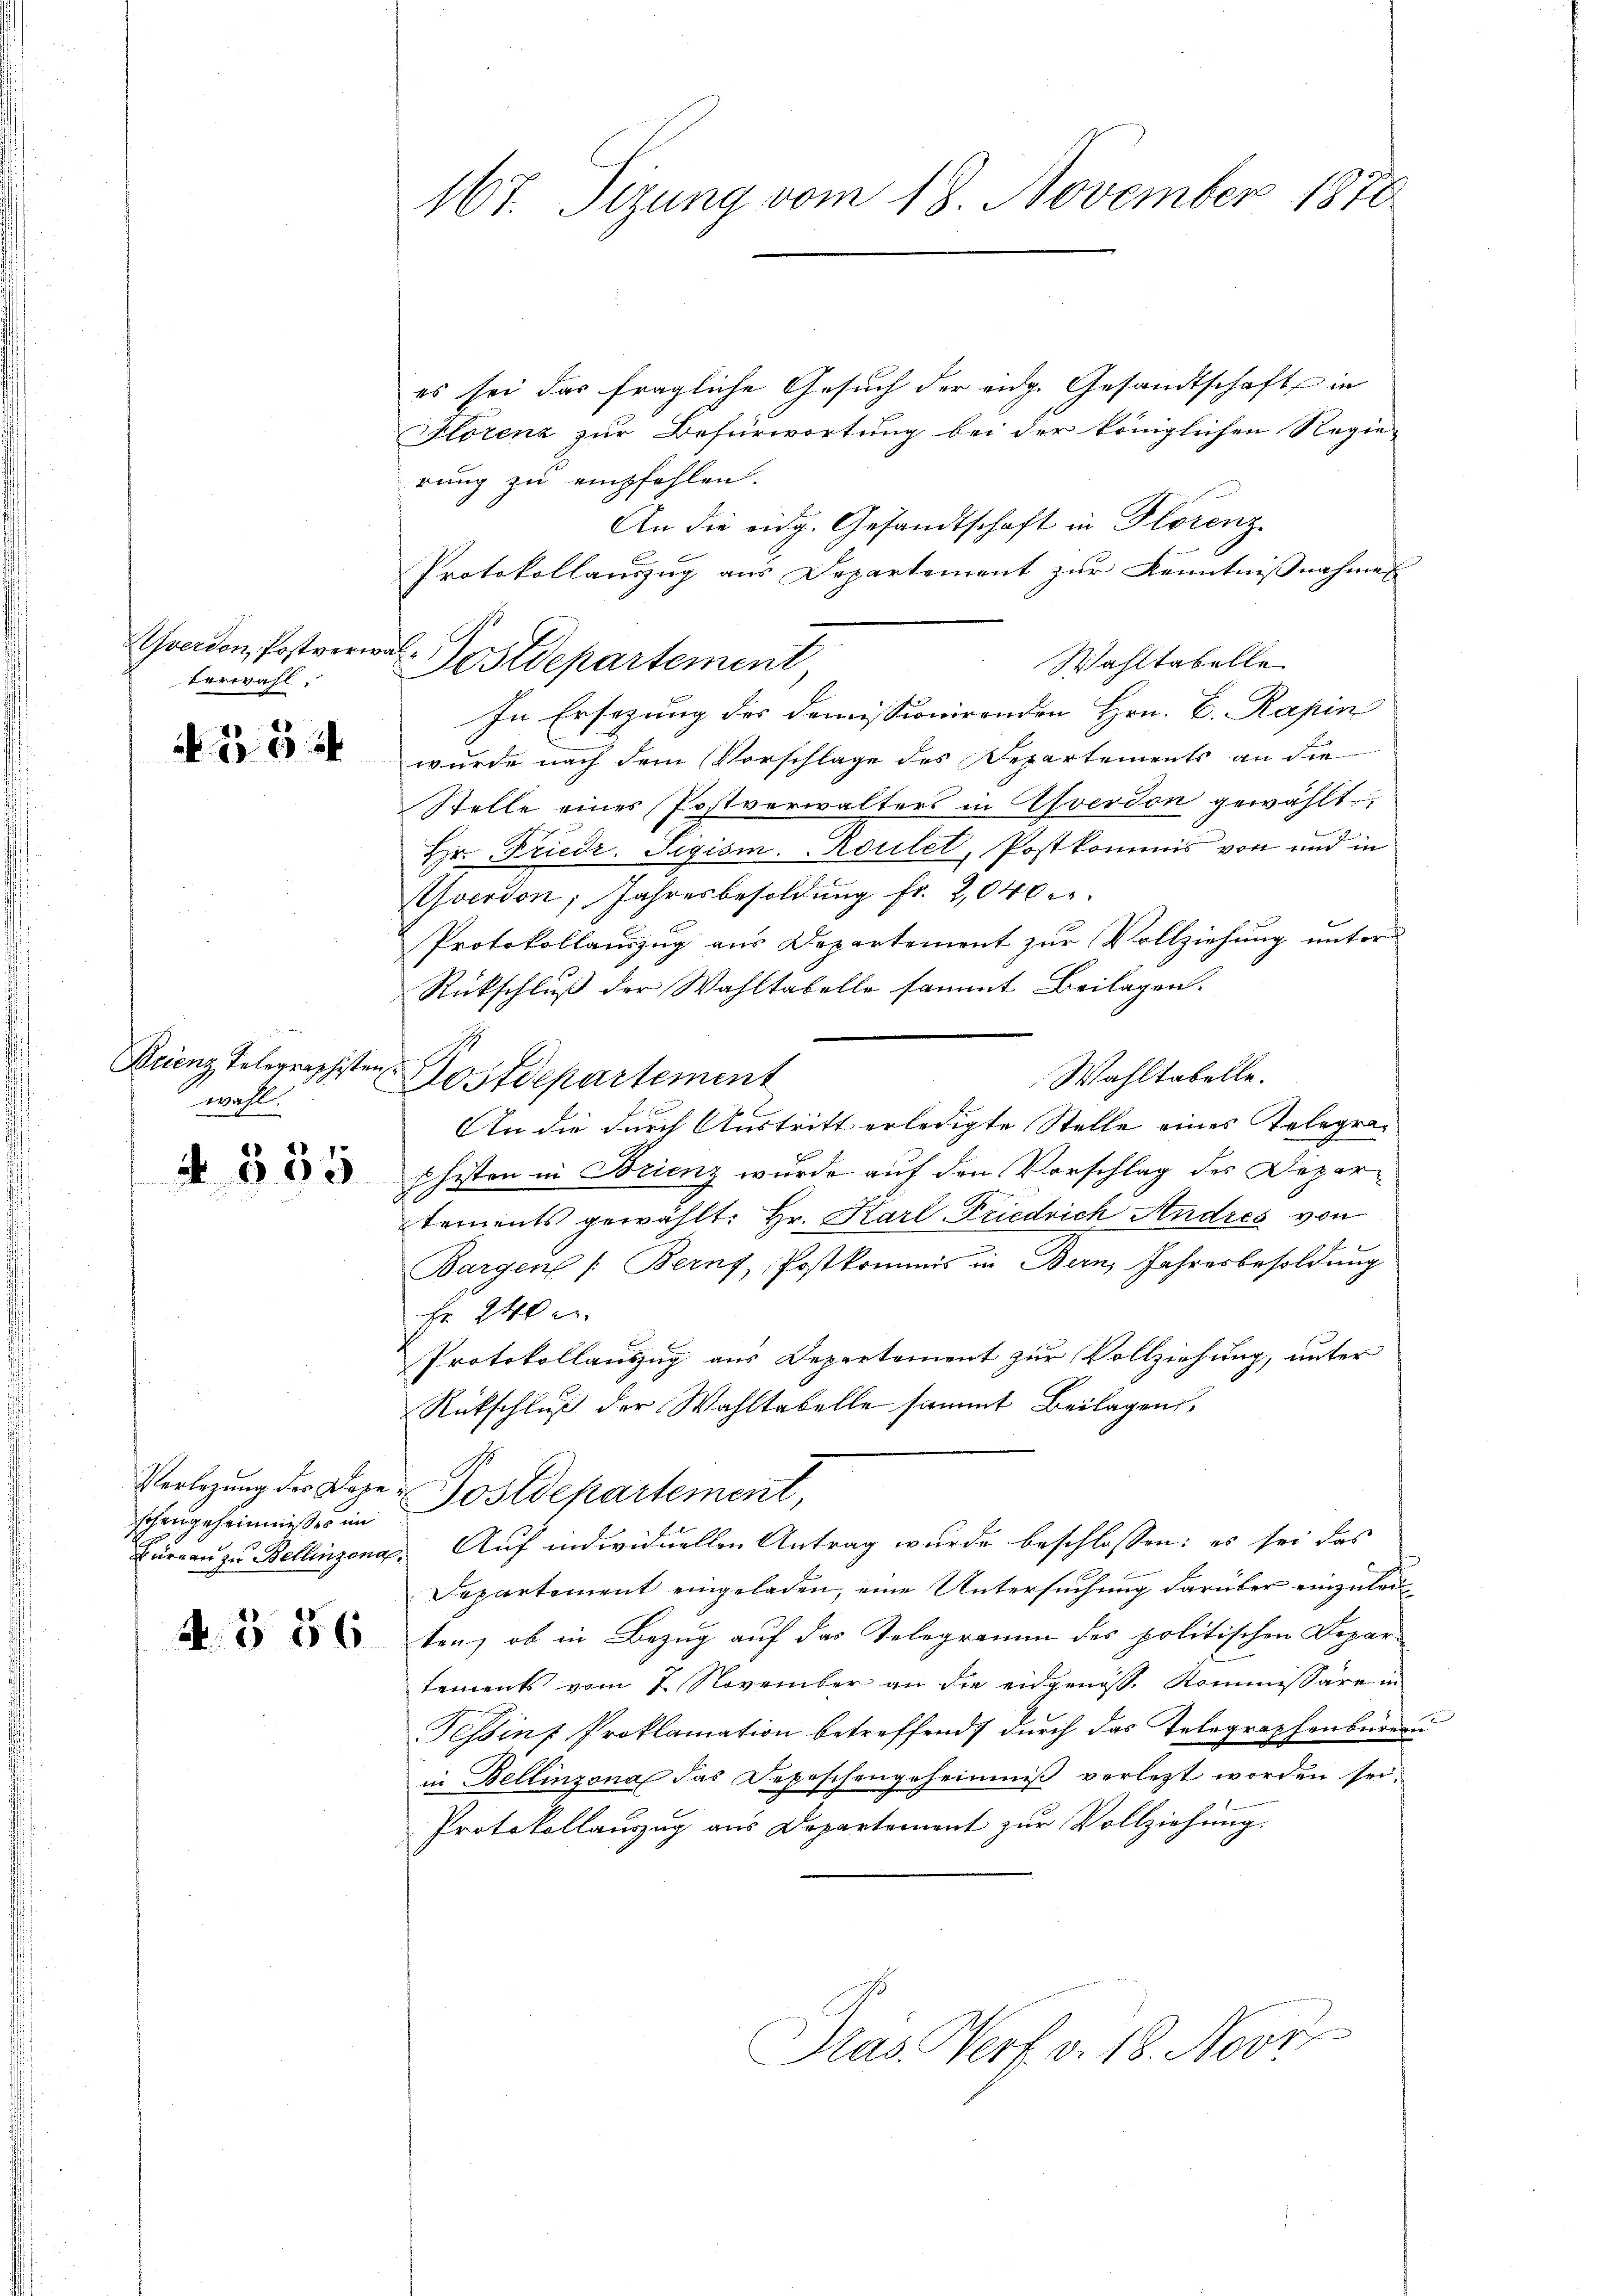
hverdon, Postverw
verwahl.
1

0

Brienz Telegraphisten
wahl.

schengeheimnisses im

A. 356

167. Sizung vom 18. November 1870

es sei das fragliche Gesuch der eidg. Gesandtschaft in
Florenz zur Befürwortung bei der königlichen Regie-
rung zu empfehlen.
An die eidg. Gesandtschaft in Florenz
Protokollauszug aus Departement zur Kenntnißnahme
als
Wahltabelle
Postdepartement
In Ersezung des Demissionirenden Hrn. E. Rapin
wurde nach dem Vorschlage des Departements an die
Stelle eines Postverwalters in Averdon gewählt
Hr. Friedr. Sigism. Roulet, Postkommis von und in
Yverdon; Jahresbesoldung fr. 2,040 c.
Protokollauszug aus Departement zur Vollziehung unter
Rückschluß der Wahltabelle sammt Beilagen.
Wahltabelle.
Postdepartement
An die durch Austritt erledigte Stelle eines Telegra¬
  Chiton in Frienz wurde auf den Vorschlag der Departements gewählt: Hr. Karl Friedrich Andres von
Bargen /: Berns, Postkommis in Bern, Jahresbesoldung
Fr. 240 e
Protokollauszug aus Departement zur Vollziehung, unter
Rückschluß der Wahltabelle sammt Beilagen,
Verlegung des Doze-Postdepartement,
Büreau zu Bellinzona. Auf individuellen Antrag wurde beschlossen: es sei das
Departement eingeladen, eine Untersuchung darüber einzulauten, ob in Bezug auf das Telegramm des politischen Depar
tements vom 7. November an die eidgenöss. Kommissäre in
Tessinf Proklamation betreffend durch das Telegraphenbüreau
in Bellinzona das Depeschengeheimniß verletzt worden sei.
Protokollaŭzŭg aŭs Departement zŭr Vollziehŭng.
Pras. Verf. v. 18. Nove